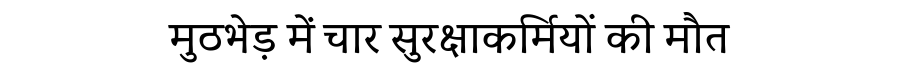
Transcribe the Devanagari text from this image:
मुठभेड़ में चार सुरक्षाकर्मियों की मौत